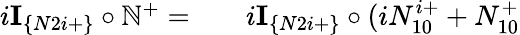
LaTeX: \begin{array}{rlr}{i\textbf{I}_{\{ N2i+\} }\circ\mathbb{N}^{+}=}&{{}}&{i\textbf{I}_{\{ N2i+\} }\circ(iN_{10}^{i+}+N_{10}^{+}}\end{array}